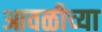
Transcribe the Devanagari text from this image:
आवळीच्या